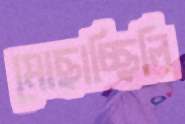
মোছাচ্ছিলি